Report of an investigation into the causes of the diseases known in Assam as Kála-Azár and Beri-Beri
Disease focus: Beri-Beri
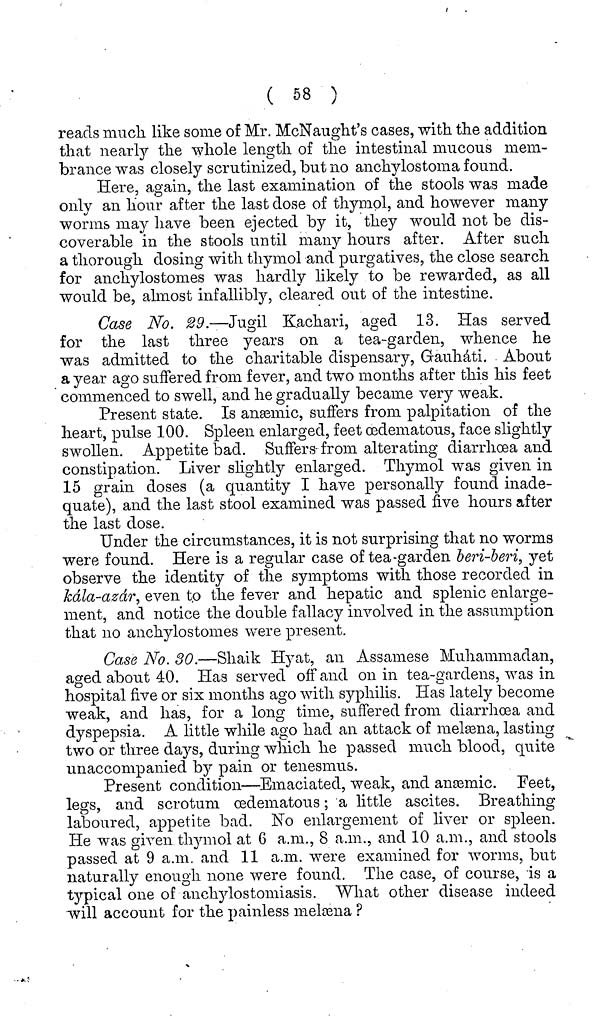
( 58 )
reads much like some of Mr. McNaught's cases, with the addition
that nearly the whole length of the intestinal mucous mem-
brance was closely scrutinized, but no anchylostoma found.
Here, again, the last examination of the stools was made
only an hour after the last dose of thymol, and however many
worms may have been ejected by it, they would not be dis-
coverable in the stools until many hours after. After such
a thorough dosing with thymol and purgatives, the close search
for anchylostomes was hardly likely to be rewarded, as all
would be, almost infallibly, cleared out of the intestine.
Case No. 29.—Jugil Kachari, aged 13. Has served
for the last three years on a tea-garden, whence he
was admitted to the charitable dispensary, Gauháti. About
a year ago suffered from fever, and two months after this his feet
commenced to swell, and he gradually became very weak.
Present state. Is anæmic, suffers from palpitation of the
heart, pulse 100. Spleen enlarged, feet œdematous, face slightly
swollen. Appetite bad. Suffers- from alterating diarrhoea and
constipation. Liver slightly enlarged. Thymol was given in
15 grain doses (a quantity I have personally found inade-
quate), and the last stool examined was passed five hours after
the last dose.
Under the circumstances, it is not surprising that no worms
were found. Here is a regular case of tea-garden beri-beri, yet
observe the identity of the symptoms with those recorded in
kála-azár, even to the fever and hepatic and splenic enlarge-
ment, and notice the double fallacy involved in the assumption
that no anchylostomes were present.
Case No. 30.—Shaik Hyat, an Assamese Muhammadan,
aged about 40. Has served off and on in tea-gardens, was in
hospital five or six months ago with syphilis. Has lately become
weak, and has, for a long time, suffered from diarrhoea and
dyspepsia. A little while ago had an attack of melæna, lasting
two or three days, during which he passed much blood, quite
unaccompanied by pain or tenesmus.
Present condition—Emaciated, weak, and anæmic. Feet,
legs, and scrotum œdematous; a little ascites. Breathing
laboured, appetite bad. No enlargement of liver or spleen.
He was given thymol at 6 a.m., 8 a.m., and 10 a.m., and stools
passed at 9 a.m. and 11 a.m. were examined for worms, but
naturally enough none were found. The case, of course, is a
typical one of anchylostomiasis. What other disease indeed
will account for the painless melæna ?